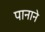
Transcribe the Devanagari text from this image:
पानाने